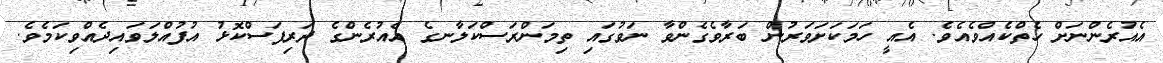
އެއުރެންނަށް ހެތްކެއްވެއެވެ. އެއީ ހަމަކަށަވަރުން ބަރާވެގެންވާ ނަވުގައި ތިމަންރަސްކަލާނގެ އެއުރެންގެ ދަރިފަސްކޮޅު އުފުއްލަވައިދެއްވިކަމެވެ.